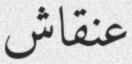
عنقاش